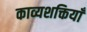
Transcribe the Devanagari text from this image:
काव्यशक्तियाँ